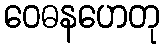
ဝေဓနဟေတု